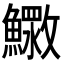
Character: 𮬓